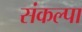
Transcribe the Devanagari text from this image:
संकल्पा